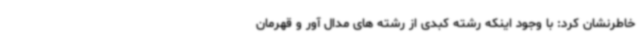
خاطرنشان کرد: با وجود اینکه رشته کبدی از رشته های مدال آور و قهرمان